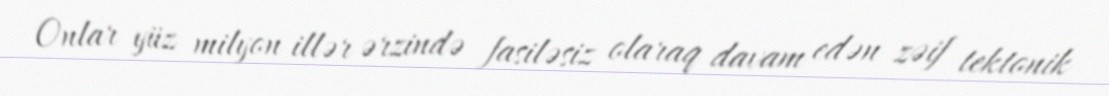
Onlar yüz milyon illər ərzində fasiləsiz olaraq davam edən zəif tektonik